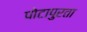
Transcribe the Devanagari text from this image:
पोटापुरता